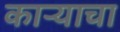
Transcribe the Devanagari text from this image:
काऱ्याचा